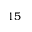
1 5